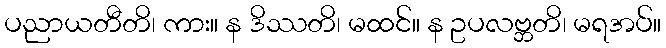
ပညာယတီတိ၊ ကား။ န ဒိဿတိ၊ မထင်။ န ဥပလဗ္ဘတိ၊ မရအပ်။